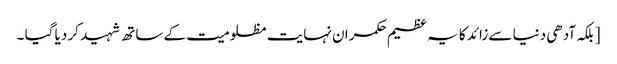
[ بلکہ آدھی دنیا سے زائد کا یہ عظیم حکمران نہایت مظلومیت کے ساتھ شہید کر دیا گیا ۔